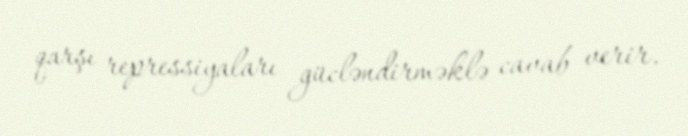
qarşı repressiyaları gücləndirməklə cavab verir.